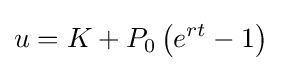
u=K+P_{0}\left(e^{rt}-1\right)